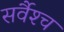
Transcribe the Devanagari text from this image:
सर्वैश्‍च